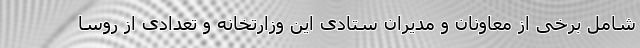
شامل برخی از معاونان و مدیران ستادی این وزارتخانه و تعدادی از روسا